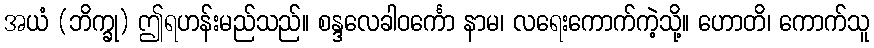
အယံ (ဘိက္ခု) ဤရဟန်းမည်သည်။ စန္ဒလေခါဝင်္ကော နာမ၊ လရေးကောက်ကဲ့သို့။ ဟောတိ၊ ကောက်သူ